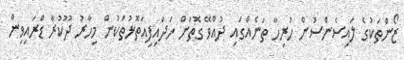
ޒޯންތަކުގެ ލައިސެންސުން ހުރިހާ ތަނެއްގައި ދުއްވޭ ގޮތަށް ހަދައިފިއަތޮޅުތަކުން މިހާރު ދޫކުރާ ޑްރައިވިން